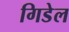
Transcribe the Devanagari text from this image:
गिडेल